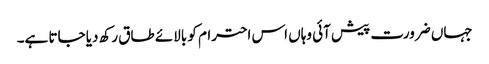
جہاں ضرورت پیش آئی وہاں اس احترام کو بالائے طاق رکھ دیا جاتا ہے۔